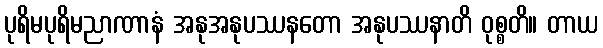
ပုရိမပုရိမညာဏာနံ အနုအနုပဿနတော အနုပဿနာတိ ဝုစ္စတိ။ တာယ